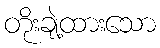
တိုးချဲ့ထားသော